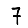
Digit: 7